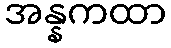
အန္နကထာ